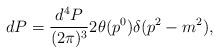
LaTeX: \begin{align*}dP={d^4P\over (2\pi)^3}2\theta(p^0)\delta (p^2-m^2),\end{align*}